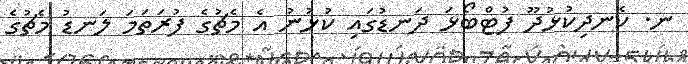
ނ. ކެނދިކުޅުދޫ ފުޓްބޯޅަ ދަނޑުގައި ކުޅުނު އެ މެޗުގެ ފުރަތަމަ ލަނޑު މެޗުގެ